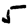
Digit: 5